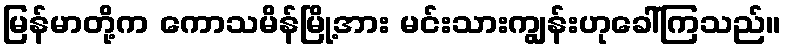
မြန်မာတို့က ကောသမိန်မြို့အား မင်းသားကျွန်းဟုခေါ်ကြသည်။